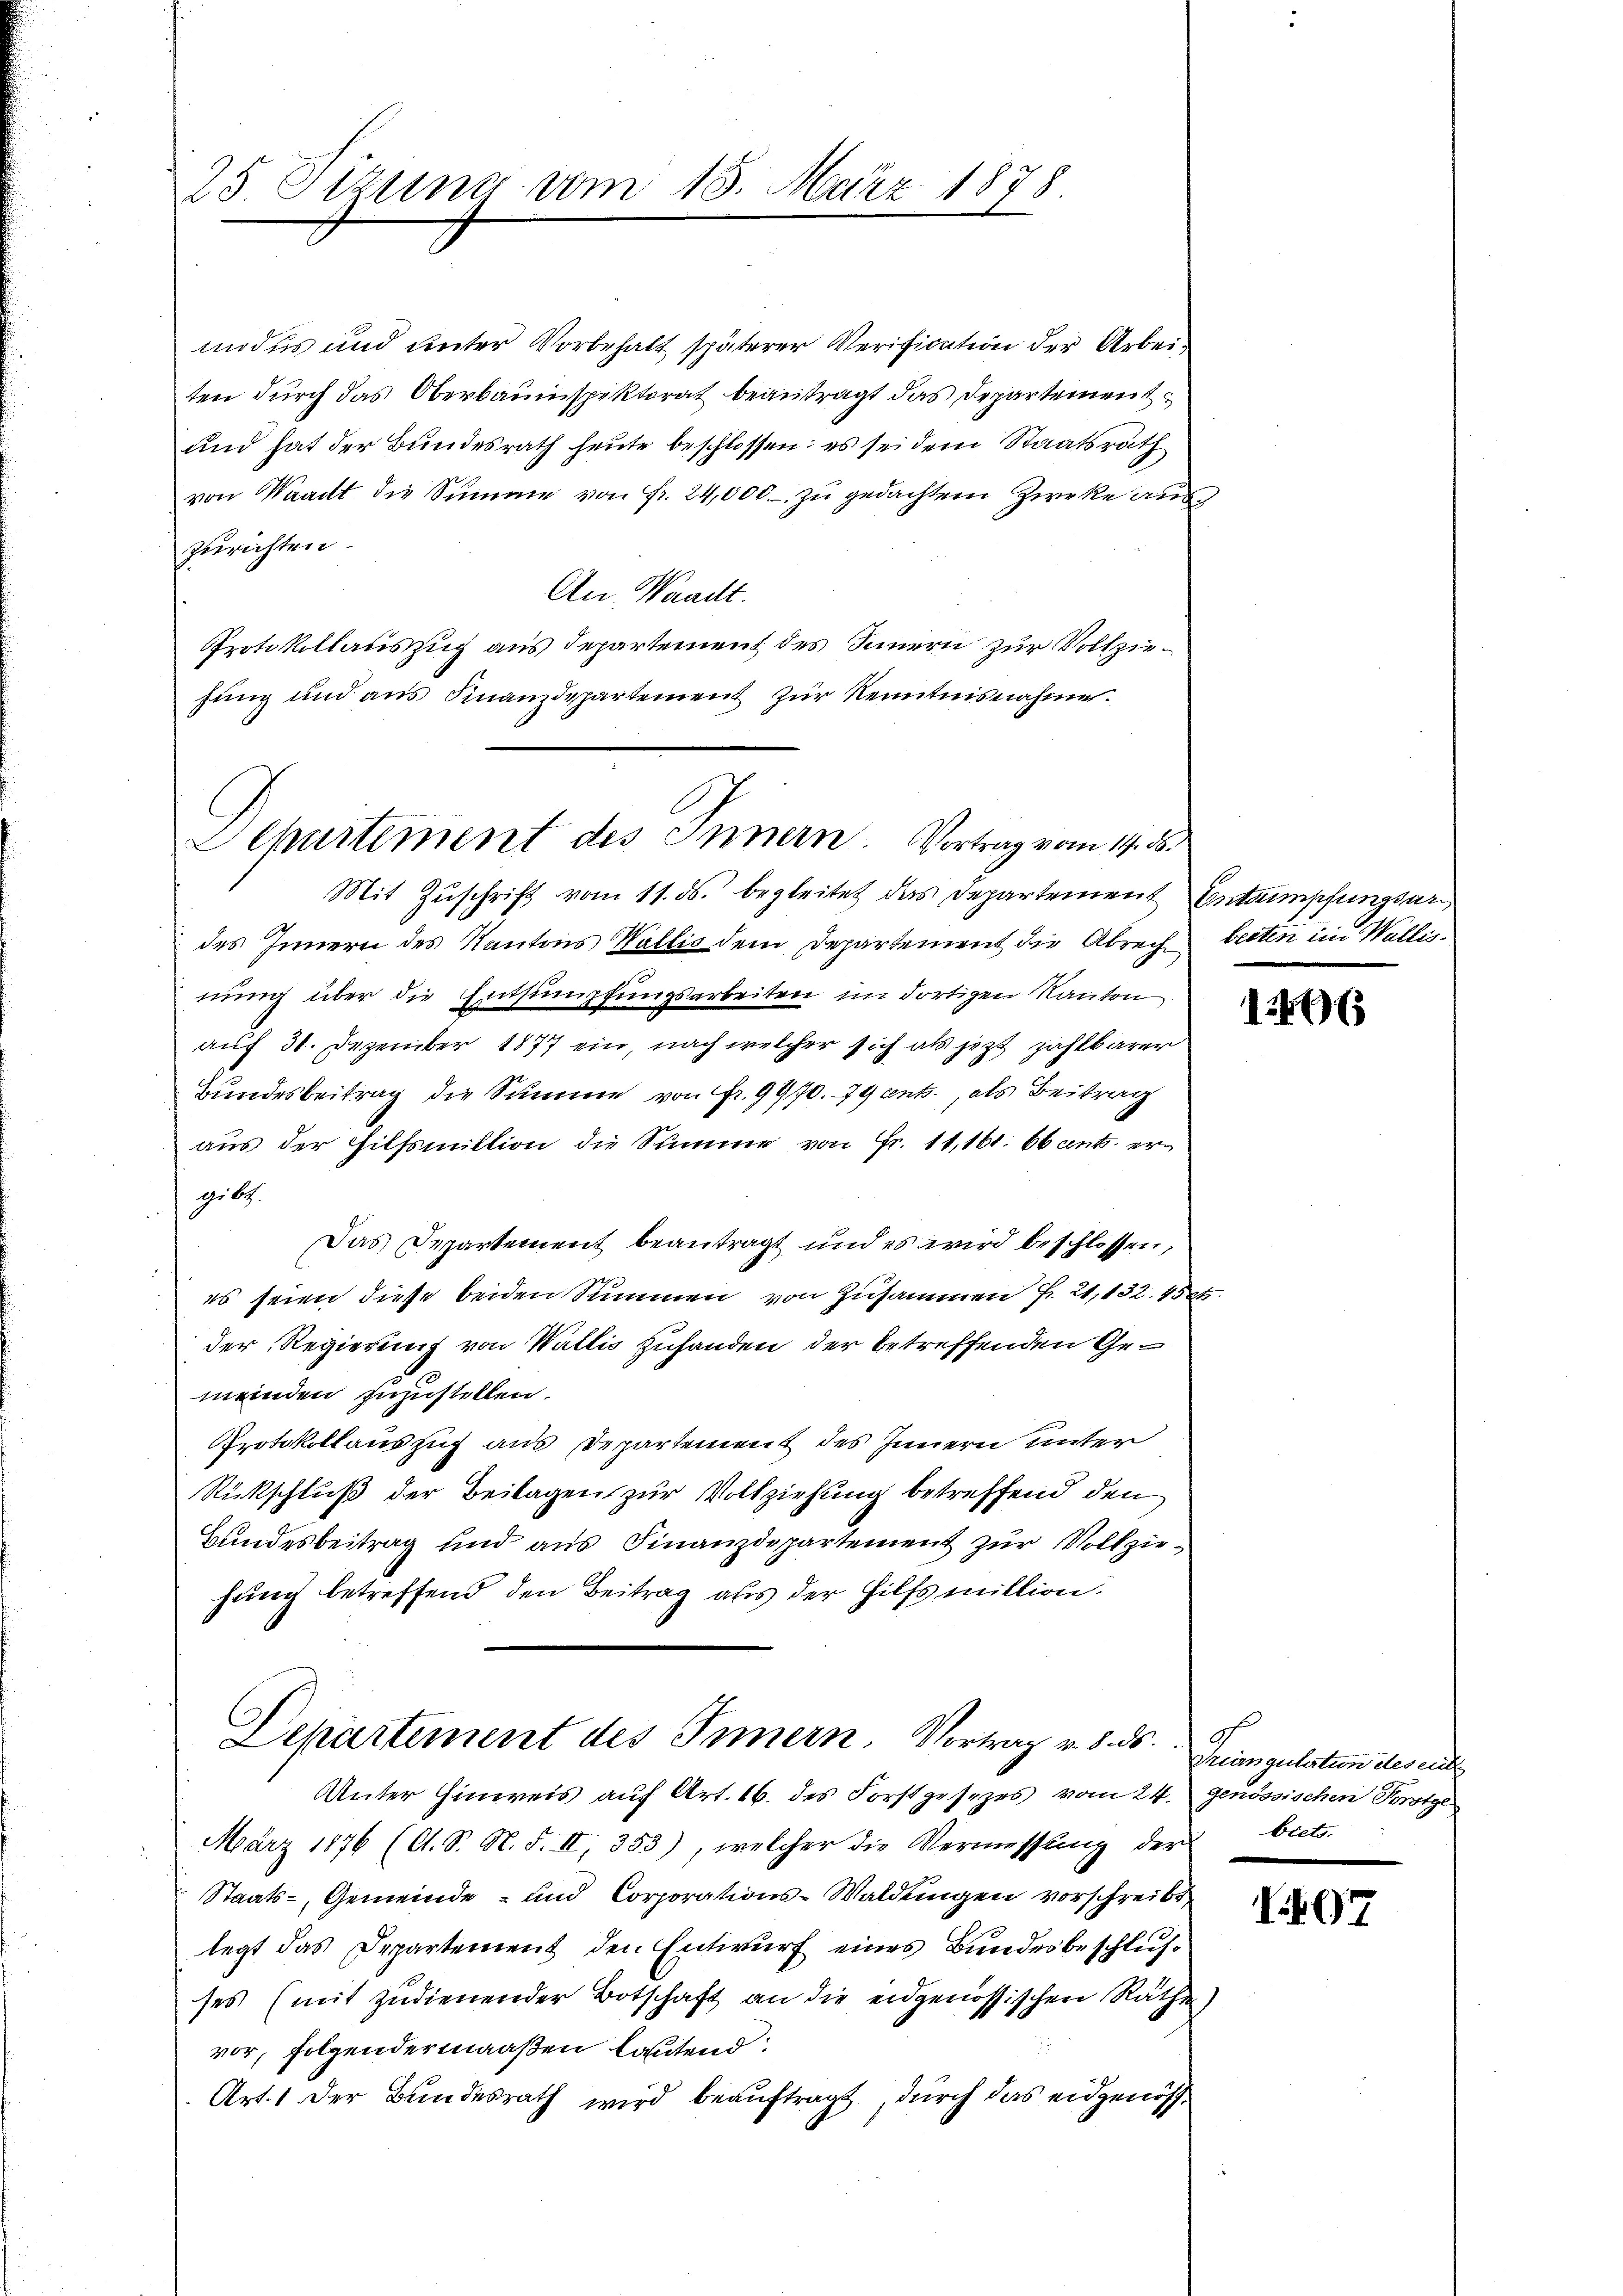
25 Sizung vom 15. März 1878

modus und ŭnter Vorbehalt späterer Verification der Arbeiten durch das Oberbauinspektorat beantragt das Departement
und hat der Bundesrath heute beschlossen: es sei dem Staatsrath
von Waadt die Summe von Fr. 24,000. zu gedachtem Zwecke aus
zurichten.
An Waadt.
Protokollauszug aus Departement des Innern zur Vollziefŭng und aŭs Finanzdepartement zŭr Kenntnisnahme.

Separtement des Innern. Vortrag vom 14. d.

Mit Zŭschrift vom 11. ds. begleitet das Departement Entsumpfungsardes Innern des Kantons Wallis dem Departement die Abrech beiten im Wallisnung über die Entsumpfungsarbeiten im dortigen Kanton
auf 31. Dezember 1877 ein, nach welcher sich als jezt zahlbarer
Bundesbeitrag die Summe von Fr. 9970. 79 ents, als Beitrag
aus der Hilfsmiktion die Summe von Fr. 11,161. bbants ergi be
Das Departement beantragt und es wird beschlossen,
es seien diese beiden Summen von Zusammen Fr. 21, 132. 458.
der Regierung von Wallis zuhanden der betreffenden Gemeinden zuzustellen.
Protokollauszug aus Departement des Innern unter
Rückschluß der Beilagen zur Vollziehung betreffend den
Bundesbeitrag und aus Finanzdepartement zur Vollziehung betreffend den Beitrag aus der Hilfsmittion.
Departement des Innern. Vortrag v. 8. ds.
Unter Hinweis auf Art. 16. des Forstgesezes vom 24. genössischen Vorstge
März 1876 (O. S. N. F. II, 353), welcher die Vermessung der biets.
Staats-, Gemeinde- und Corporations-Waldungen vorschreibt,
legt das Departement den Entwurf eines Bundesbeschlusses (mit zudienender Botschaft an die eidgenössischen Räthe
vor, folgendermaaßen lautend:
Art. 1 der Bundesrath wird beauftragt, durch das eidgenös¬

1246

Preisgulation des eines

I07